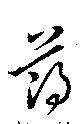
薄